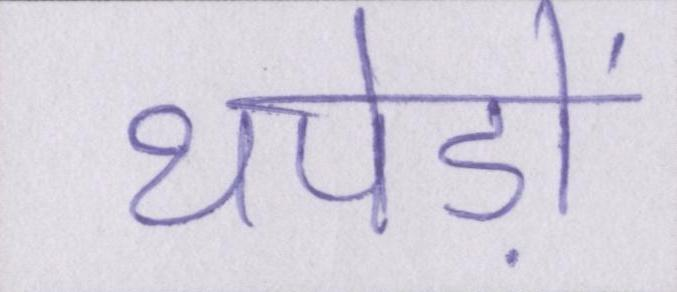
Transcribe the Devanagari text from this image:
थपेड़ों